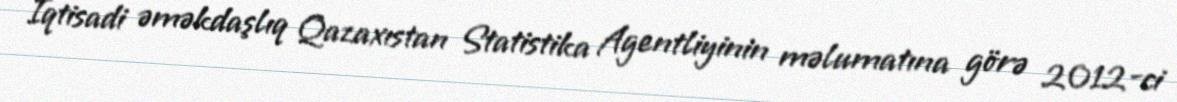
İqtisadi əməkdaşlıq Qazaxıstan Statistika Agentliyinin məlumatına görə 2012-ci